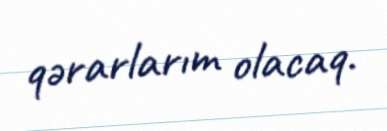
qərarlarım olacaq.